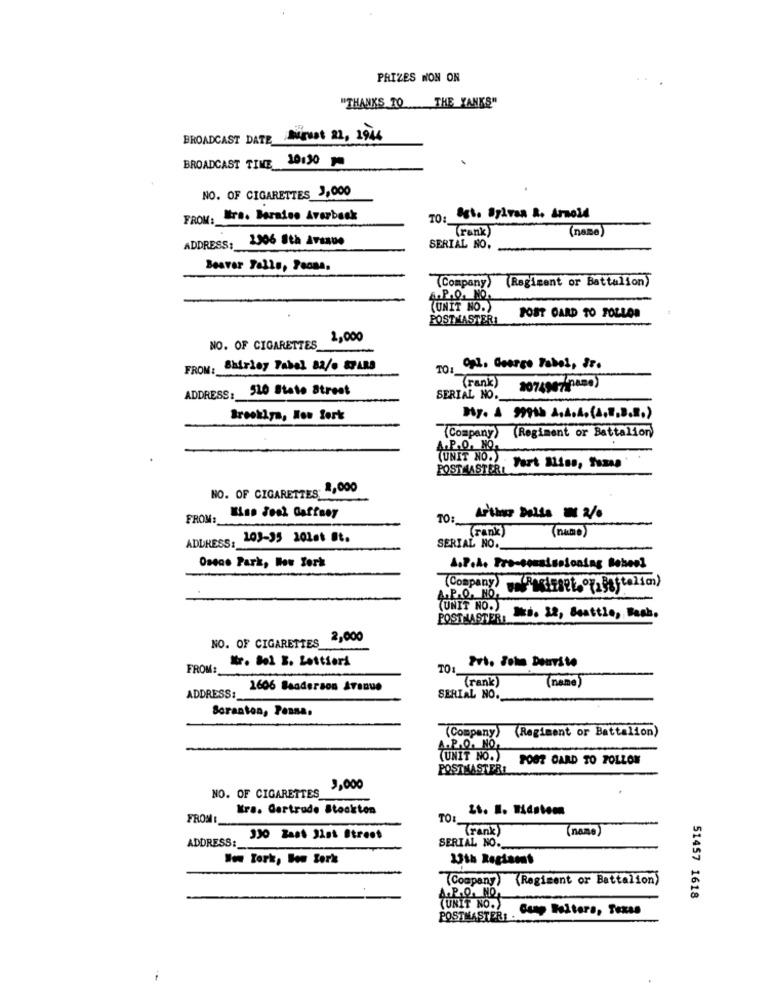
PRIZES NON ON
"THANKS TO THE YANKS"
BROADCAST DATE
Sigust 21, 1944
10:30
BROADCAST TIME
NO. OF CIGARETTES J,000
FROM: Mrs. Boralso Averbeck
TO: Est. Sylvan R. Arnold
rank
(name)
2306 Sth Avenue
ADDRESS:
SERIAL NO.
Beaver Falls, Poona.
(Company)
(Regiment or Battalion)
A.P.Q. NO.
(UNIT NO.)
POST CARD TO FOLLOW
POSTMASTERI
2,000
NO. OF CIGARETTES
FROM: Shirley Fabel 82/. SPARA
TO:
Opl, George Tobol, Sr.
510 State Street
(rank)
30749073800)
ADDRESS:
SERIAL NO ._
Brooklya, How fork
(Company) (Regiment or Battalion)
P.O. No.
(UNIT NO.) .
POSTMASTERL
Fort Bliss, Tamas
. 2,000
NO. OF CIGARETTES
FROM:
TO:
(Fank)
(name)
ADDRESS:
103-35 201at St.
SERIAL NO ._
Oseno Park, Wow Zork
A.P.A. Pro-sousissioning Beheel
(Company)
4.P.Q. NO.
POSTMASTERD
UNIT NO.) . LA, Seattle, Bash.
NO. OF CIGARETTES
2,000
Kr. Bol B. Lettieri
Pri. John Donvito
FROM:
TO:
(rank)
(name)
1606 Baadersos Avenue
ADDRESS :_
SERIAL NO.
Scranton, Pensa.
(Company) (Regiment or Battalion)
A. P.O. NO.
(UNIT NO.)
POST CARD TO POLLON
POSTMASTERI
NO. OF CIGARETTES
3,000
Kra. Gertrude Stockton
FROM
TO:
(rank)
ADDRESS:
330 Zaat 31st Street
SERIAL NO.
Won Tork, Bow Serk
13th Reglant
(Company) (Regiment or Battalion)
A.P.Q. NO,
51457 1618
(UNIT NO.)
Caap Feltera, Texas
POSTMASTER: ...